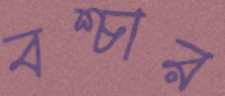
বশ্চার